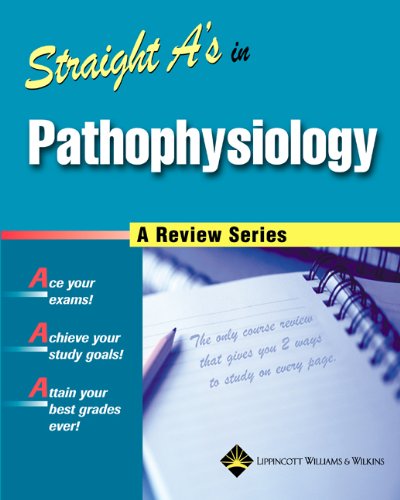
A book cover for Straight A's in Pathophysiology; Springhouse; Medical Books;